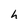
Character: h